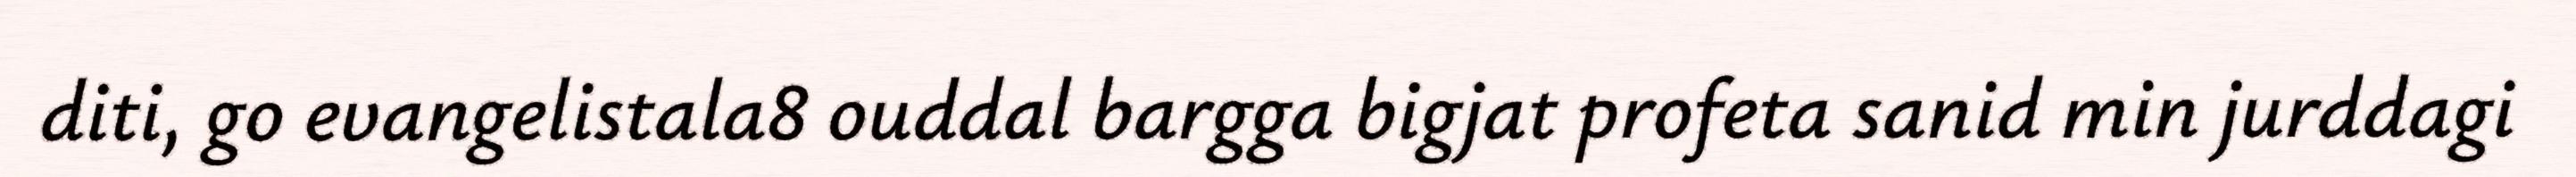
diti, go evangelistala8 ouddal bargga bigjat profeta sanid min jurddagi